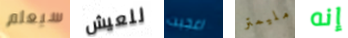
سيعلم للعيش اعجبت مليمتر إنه